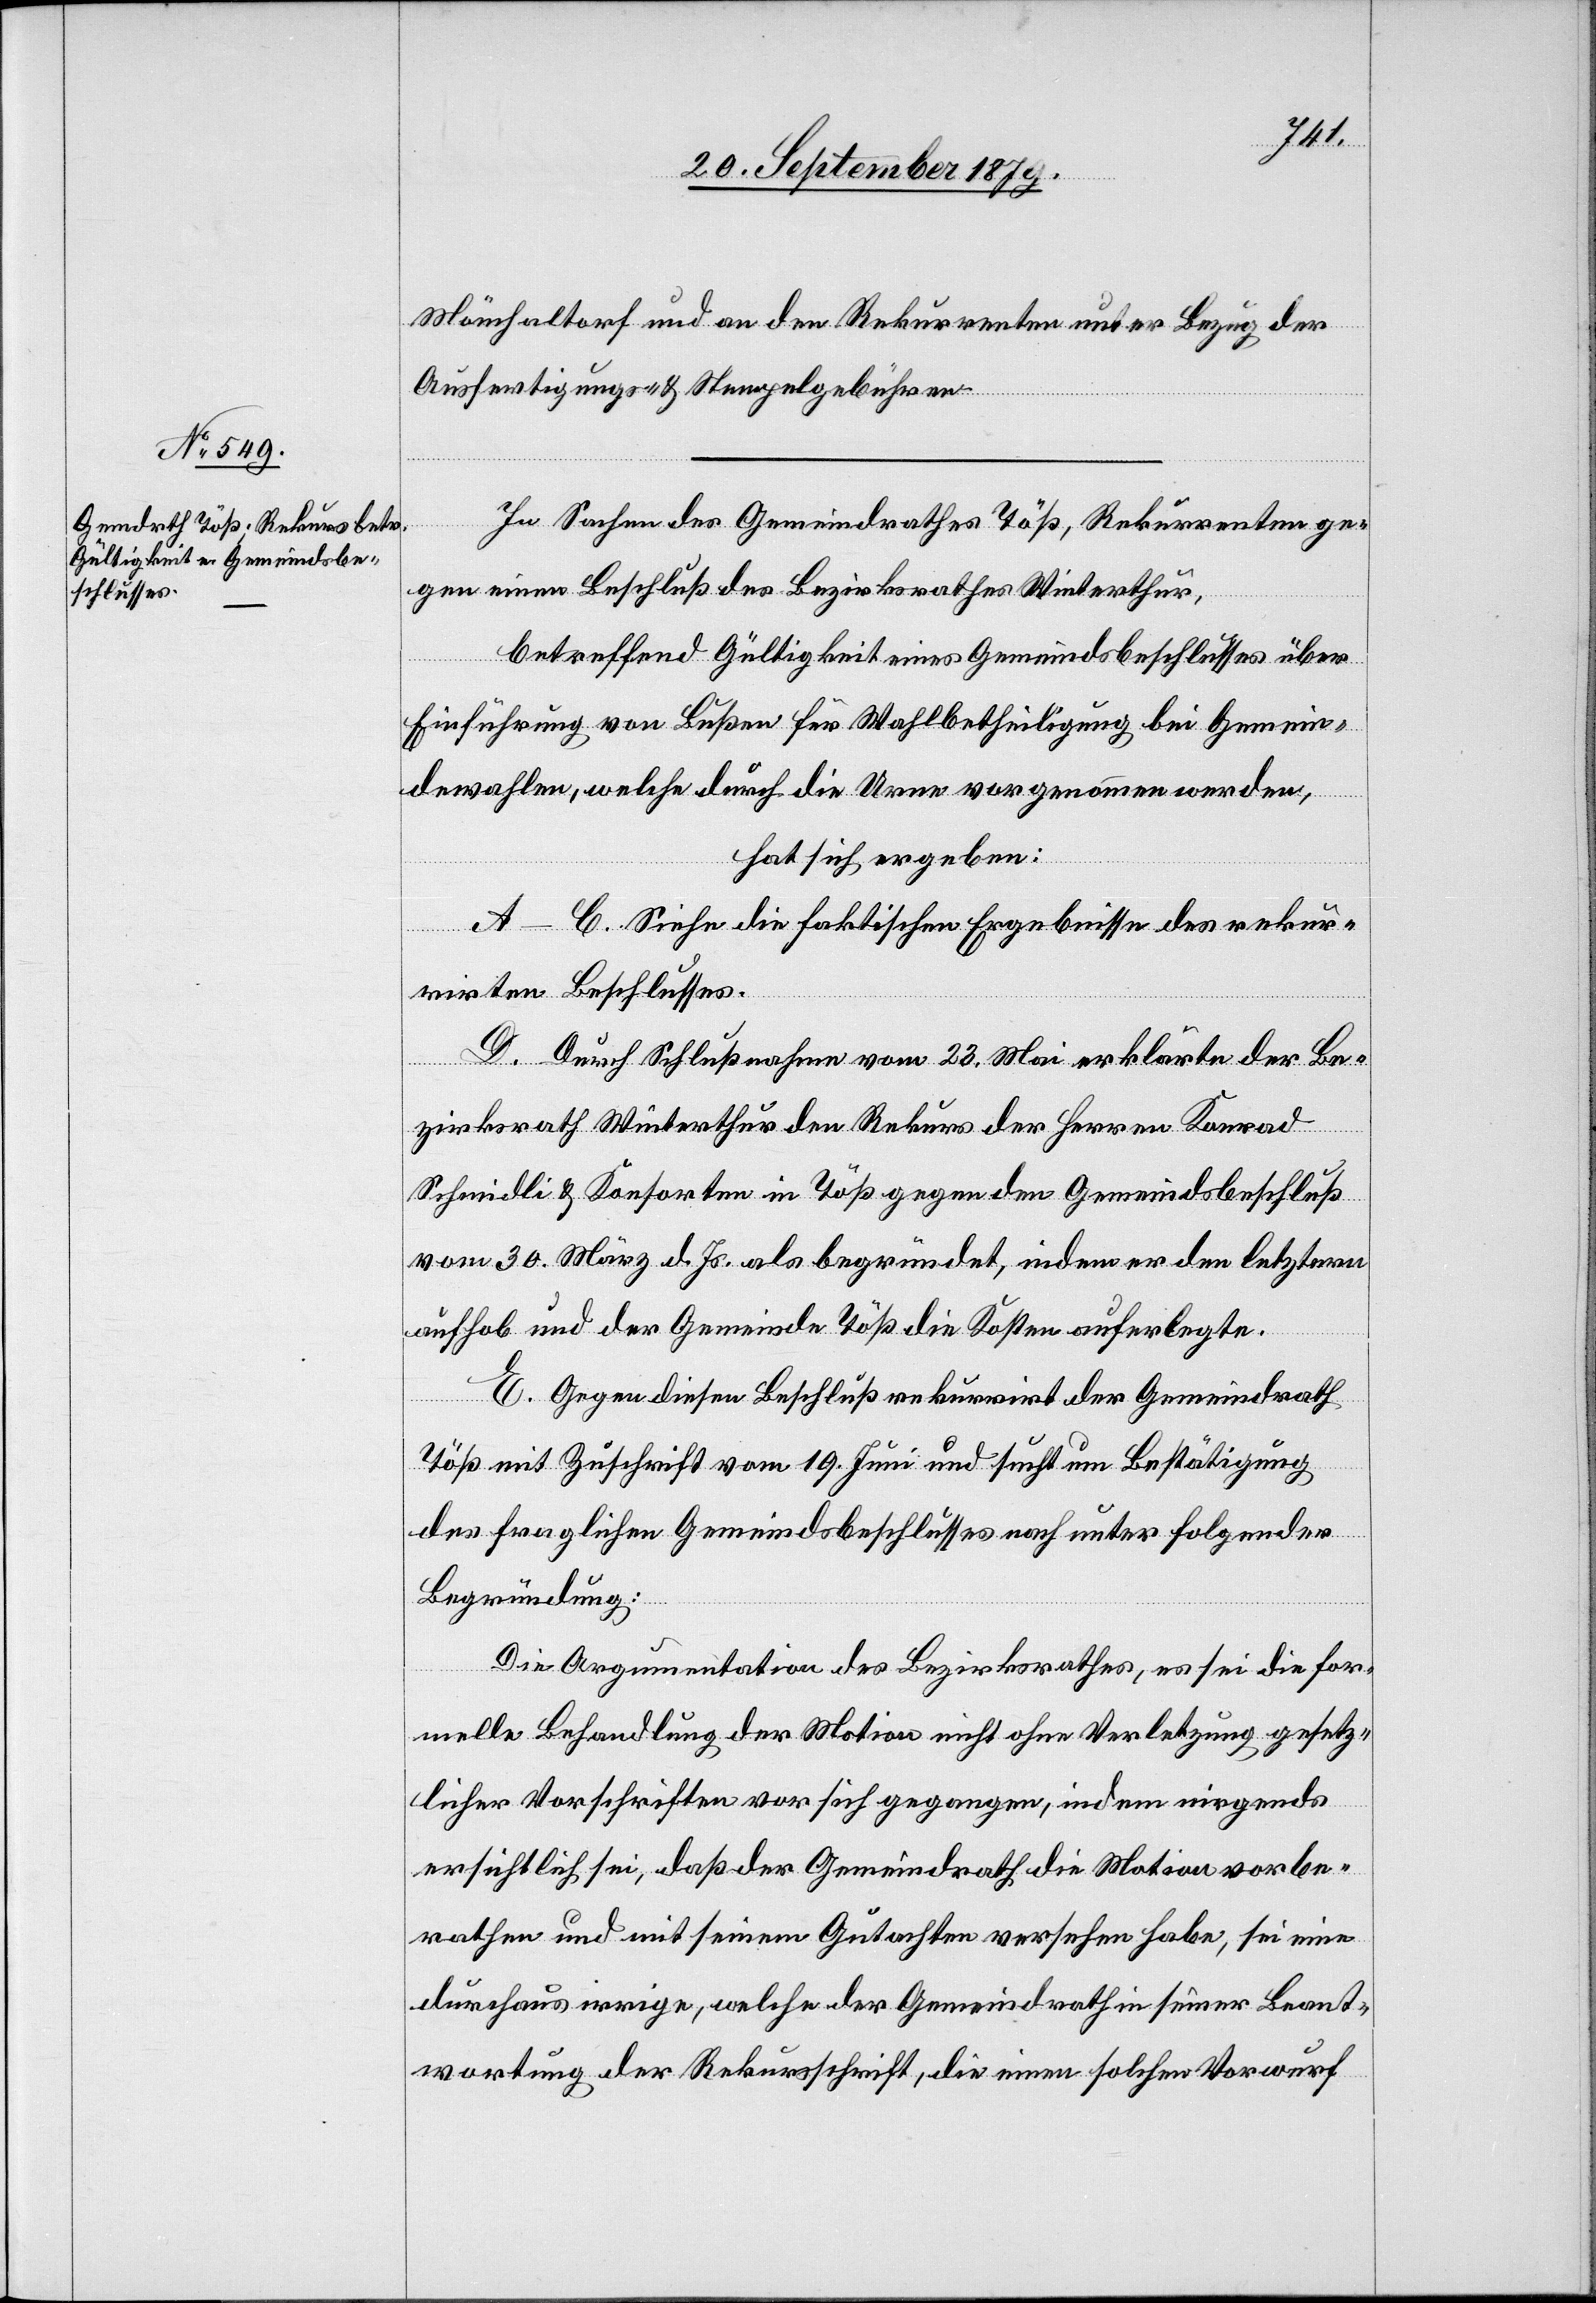
Mönchaltorf und an den Rekurrenten unter Bezug der
Ausfertigungs- und Stempelgebühren.
In Sachen des Gemeindrathes Töß, Rekurrenten ge¬
gen einen Beschluß des Bezirksrathes Winterthur,
betreffend Gültigkeit eines Gemeindsbeschlusses über
Einführung von Bußen für Wahlbetheiligung bei Gemein¬
dewahlen, welche durch die Urne vorgenommen werden,
hat sich ergeben:
A–C. Siehe die faktischen Ergebnisse des rekur¬
rirten Beschlusses.
D. Durch Schlußnahme vom 23. Mai erklärte der Be¬
zirksrath Winterthur den Rekurs der Herren Konrad
Schmidli & Konsorten in Töß gegen den Gemeindsbeschluß
vom 30. März d. Js. als begründet, indem er den letztern
aufhob und der Gemeinde Töß die Kosten auferlegte.
E. Gegen diesen Beschluß rekurrirt der Gemeindrath
Töß mit Zuschrift vom 19. Juni und sucht um Bestätigung
des fraglichen Gemeindsbeschlusses nach unter folgender
Begründung:
Die Argumentation des Bezirksrathes, es sei die for¬
melle Behandlung der Motion nicht ohne Verletzung gesetz¬
licher Vorschriften vor sich gegangen, indem nirgends
ersichtlich sei, daß der Gemeindrath die Motion vorbe¬
rathen und mit seinem Gutachten versehen habe, sei eine
durchaus irrige, welche der Gemeindrath in seiner Beant¬
wortung der Rekursschrift, die einen solchen Vorwurf